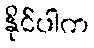
နိုင်ပါက